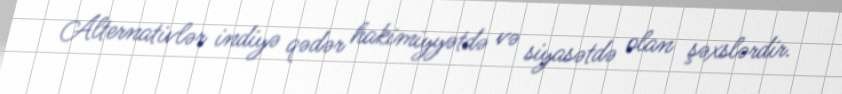
Alternativlər indiyə qədər hakimiyyətdə və siyasətdə olan şəxslərdir.